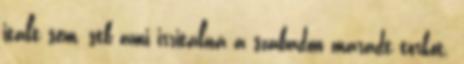
italt sem, stb ami irritálná a szabadon maradt torkot.